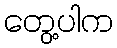
တွေ့ပါက